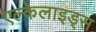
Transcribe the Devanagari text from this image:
एल्केलाइड्स